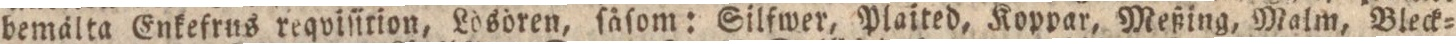
bemälta Enkefrus reqviſirion, Lösören, ſäſom: Silfwer, Plaited, Koppar, Meßing, Malm, Bleck=